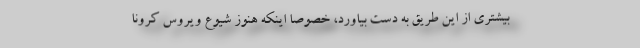
بیشتری از این طریق به دست بیاورد، خصوصا اینکه هنوز شیوع ویروس کرونا